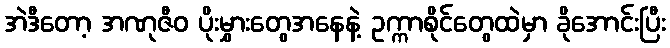
အဲဒီတော့ အဏုဇီဝ ပိုးမွှားတွေအနေနဲ့ ဥက္ကာစိုင်တွေထဲမှာ ခိုအောင်းပြီး